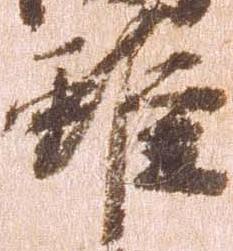
雖